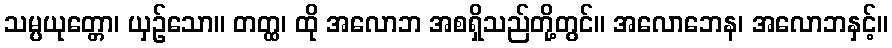
သမ္ပယုတ္တော၊ ယှဉ်သော။ တတ္ထ၊ ထို အလောဘ အစရှိသည်တို့တွင်။ အလောဘေန၊ အလောဘနှင့်။